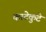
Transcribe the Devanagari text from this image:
काटेकुटे